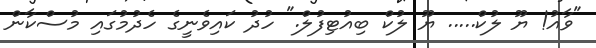
"ވާއު! ޔޫ ލުކް..... ޔޫ ލުކް ބިއުޓިފުލް." ހުދު ކައިވެނީގެ ހެދުމުގައި މުސްކާން